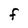
Character: F